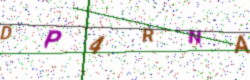
Text: DP4RNA